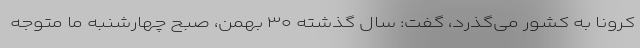
کرونا به کشور می‌گذرد، گفت: سال گذشته ۳۰ بهمن، صبح چهارشنبه ما متوجه